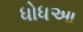
ધોધઆ